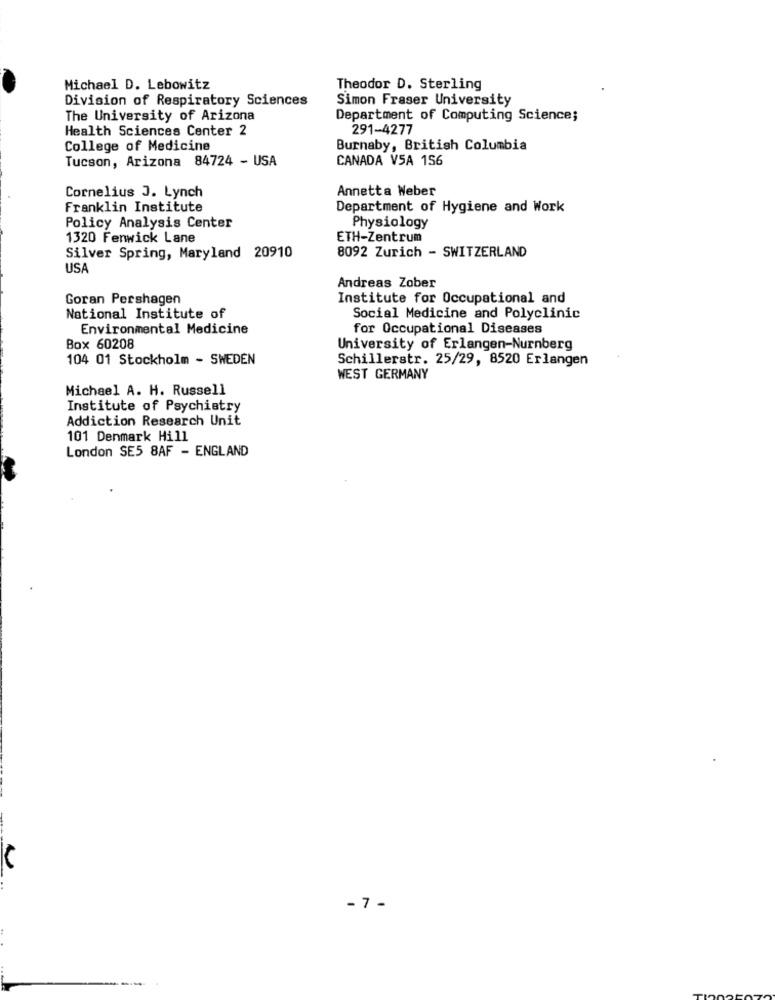
Michael D. Lebowitz
Theodor D. Sterling
Division of Respiratory Sciences
Simon Fraser University
The University of Arizona
Department of Computing Science;
Health Sciences Center 2
291-4277
College of Medicine
Burnaby, British Columbia
Tucson, Arizona 84724 - USA
CANADA VSA 156
Cornelius J. Lynch
Annetta Weber
Franklin Institute
Department of Hygiene and Work
Policy Analysis Center
Physiology
1320 Fenwick Lane
ETH-Zentrum
8092 Zurich - SWITZERLAND
Silver Spring, Maryland 20910
USA
Andreas Zober
Goran Pershagen
Institute for Occupational and
National Institute of
Social Medicine and Polyclinic
Environmental Medicine
for Occupational Diseases
Box 60208
University of Erlangen-Nurnberg
104 01 Stockholm - SWEDEN
Schillerstr. 25/29, 8520 Erlangen
WEST GERMANY
Michael A. H. Russell
Institute of Psychiatry
Addiction Research Unit
101 Denmark Hill
London SE5 8AF - ENGLAND
- 7 -